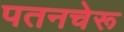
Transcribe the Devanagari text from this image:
पतनचेरू